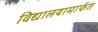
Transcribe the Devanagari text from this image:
विद्यालयामार्फत